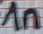
Text: 1n